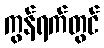
ကွန်ရက်တွင်